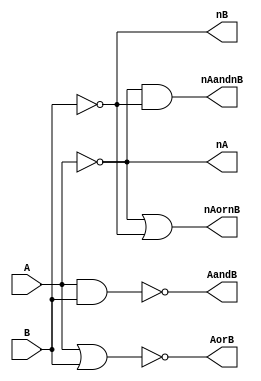
module demorgan

(
input A,	//single bit inputs
input B, 
output nA,	//output intermediate to completment inputs
output nB,
output nAandnB,	//single bit output (~A)*(~B)
output nAornB,	//single bit output (~A + ~B) 
output AandB,	//single bit output ~(A*B)
output AorB	//single bit output ~(A + B)
);

wire nA;
wire nB;
not Ainv(nA, A);
not Binv(nB, B);
and andgate(nAandnB, nA, nB);
nand nandgate(AandB, A, B); 
or orgate(nAornB, nA, nB);
nor norgate(AorB, A, B);

endmodule